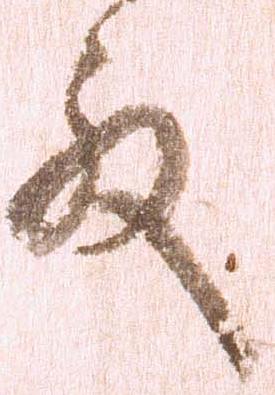
殿